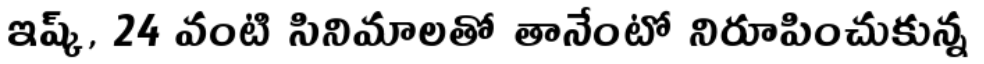
ఇష్క్, 24 వంటి సినిమాలతో తానేంటో నిరూపించుకున్న